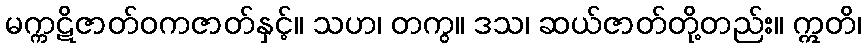
မက္ကဋိဇာတ်ဝကဇာတ်နှင့်။ သဟ၊ တကွ။ ဒသ၊ ဆယ်ဇာတ်တို့တည်း။ ဣတိ၊